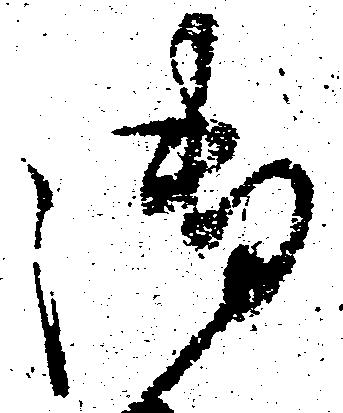
御